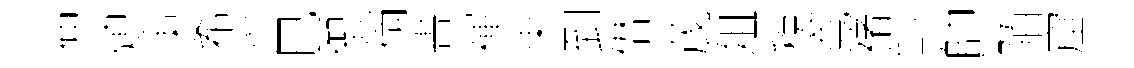
仲熄朿希兴巳禦徜書禈束到僣茂俎稅寬禇邙帥陌窟